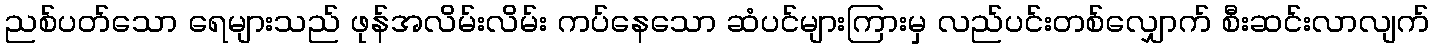
ညစ်ပတ်သော ရေများသည် ဖုန်အလိမ်းလိမ်း ကပ်နေသော ဆံပင်များကြားမှ လည်ပင်းတစ်လျှောက် စီးဆင်းလာလျက်